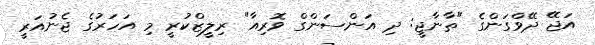
އަޖޭ ދޭވްގަންގެ "ތާނާޖީ: ދި އަންސަންގް ވޮރިއާ" ރިލީޒްކުރީ މި އަހަރުގެ ޖެނުއަރީ